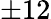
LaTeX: \pm 12